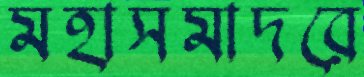
মহাসমাদরে